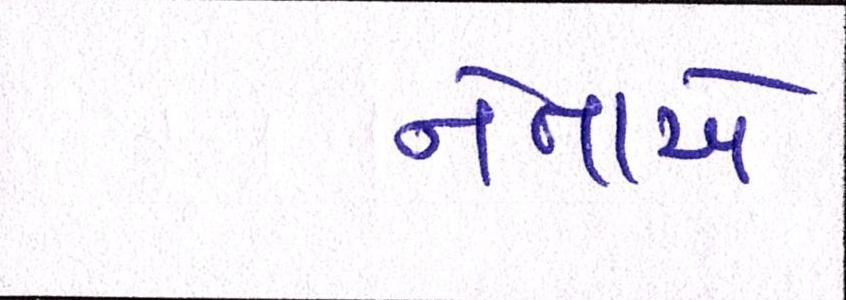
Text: નેતાએ